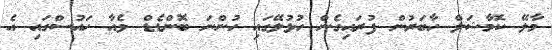
މާލޭ ކޮމާޝަލް ހާބަރުން ފުރައިގެން ހުޅުލޭގައި ހުންނަ ބޮންޑެޑް ވެއާ ހައުސްގައި އެ